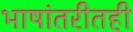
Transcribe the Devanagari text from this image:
भाषांतरीतही